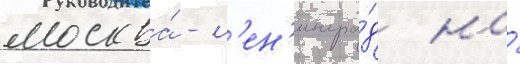
москва́ - л'ен'ингра́д на́